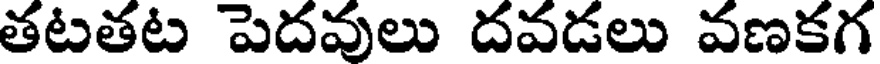
తటతట పెదవులు దవడలు వణకగ